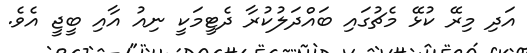
އަދި މިރޭ ކުޅޭ މެޗުގައި ބައްދަލުކުރާ ދެޓީމަކީ ނިއު އާއި ބީޖީ އެވެ.